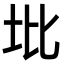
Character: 㘩